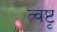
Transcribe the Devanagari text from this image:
त्वष्टृ